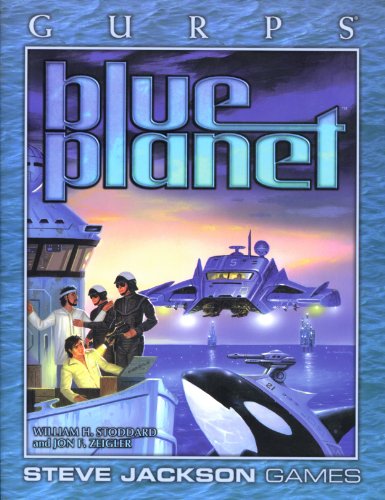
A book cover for GURPS Blue Planet; William Stoddard; Science Fiction & Fantasy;